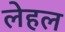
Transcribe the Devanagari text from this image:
लेहल